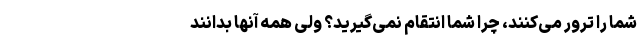
شما را ترور می‌کنند، چرا شما انتقام نمی‌گیرید؟ ولی همه آنها بدانند